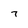
Character: 7